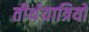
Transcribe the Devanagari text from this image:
तीर्थयात्रियो